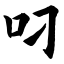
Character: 叼